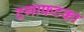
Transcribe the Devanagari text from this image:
दगाफटका